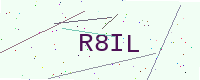
Text: R8IL